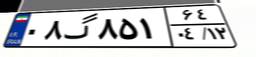
۰۸گ۸۵۱۶۴